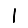
Digit: 1